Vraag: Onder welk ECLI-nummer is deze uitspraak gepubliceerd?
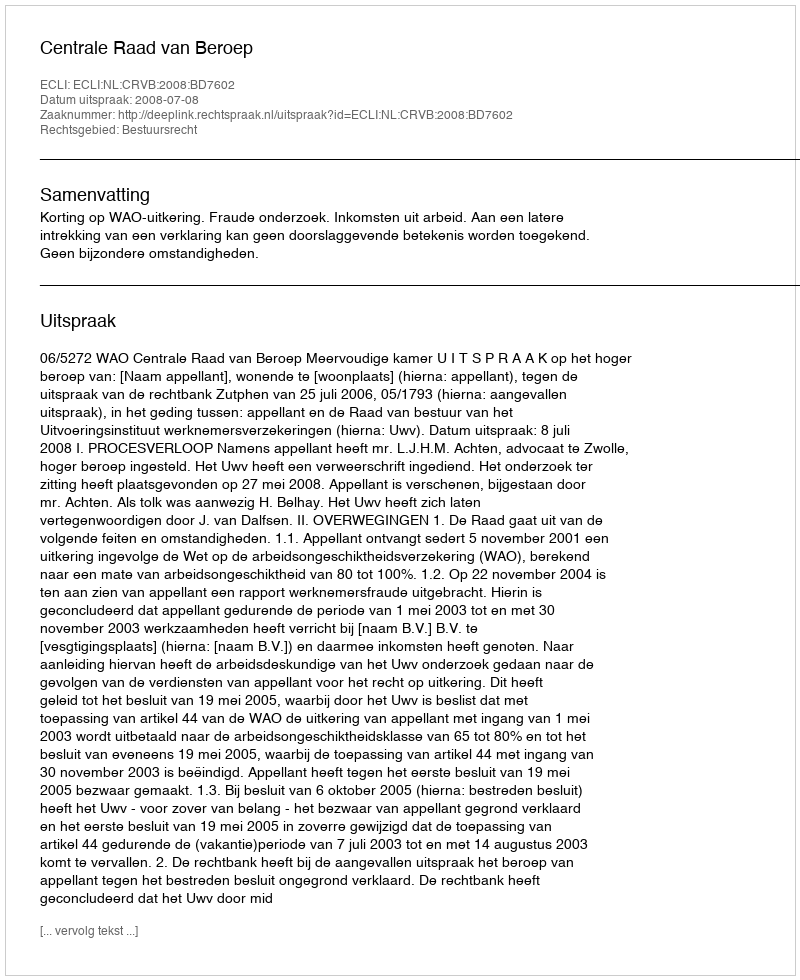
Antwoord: ECLI:NL:CRVB:2008:BD7602